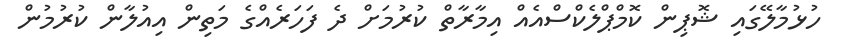
ހުޅުމާލޭގައި ޝޮޕިން ކޮމްޕްލެކްސްއެއް އިމާރާތް ކުރުމަށް ދެ ފަހަރެއްގެ މަތިން އިއުލާން ކުރުމުން